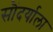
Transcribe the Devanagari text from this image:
सौंदर्याला